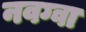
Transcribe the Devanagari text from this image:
नवग्वा